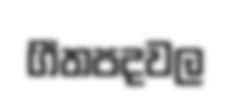
ගීතපදවල